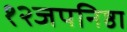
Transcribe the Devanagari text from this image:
१२जपनिष्ठा